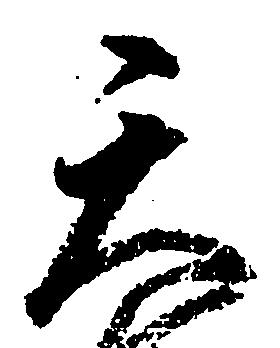
天